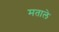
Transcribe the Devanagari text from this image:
मताले